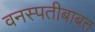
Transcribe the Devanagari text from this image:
वनस्पतीबाबत